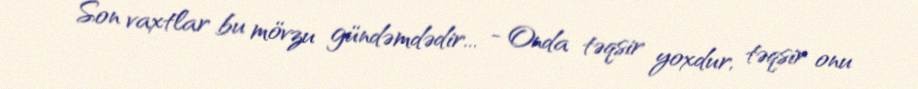
Son vaxtlar bu mövzu gündəmdədir... - Onda təqsir yoxdur, təqsir onu